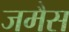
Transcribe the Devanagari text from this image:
जमैस